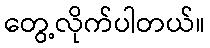
တွေ့လိုက်ပါတယ်။